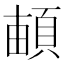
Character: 𩓏